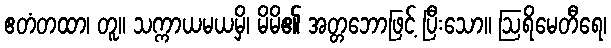
ဧတံတထာ၊ တူ။ သက္ကာယမယမှိ၊ မိမိ၏ အတ္တဘောဖြင့် ပြီးသော။ ဩရိမေတီရေ၊